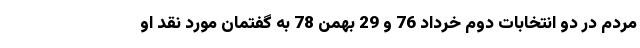
مردم در دو انتخابات دوم خرداد 76 و 29 بهمن 78 به گفتمان مورد نقد او